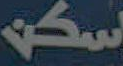
Kw